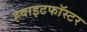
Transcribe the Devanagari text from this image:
ह्वाइटफॉस्टर